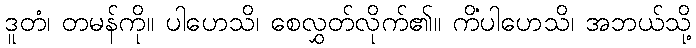
ဒူတံ၊ တမန်ကို။ ပါဟေသိ၊ စေလွှတ်လိုက်၏။ ကိံပါဟေသိ၊ အဘယ်သို့